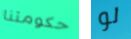
حكومتنا لو